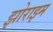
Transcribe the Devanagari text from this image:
झोराझ्म